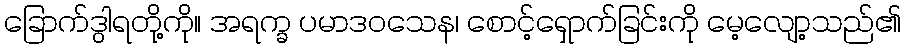
ခြောက်ဒွါရတို့ကို။ အရက္ခ ပမာဒဝသေန၊ စောင့်ရှောက်ခြင်းကို မေ့လျော့သည်၏